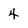
Character: 4